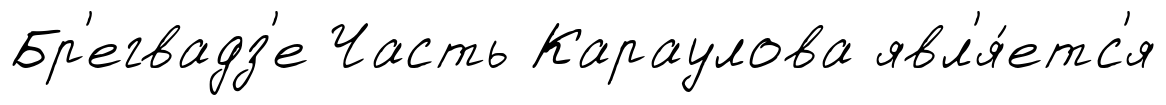
Бр'егвадз'е Часть Караулова явл'я́етс'я